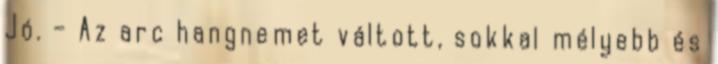
Jó. – Az arc hangnemet váltott, sokkal mélyebb és